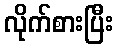
လိုက်စားပြီး